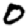
Digit: 0